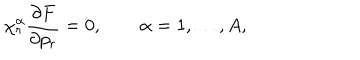
\chi _ { r } ^ { \alpha } \frac { \partial F } { \partial p _ { r } } = 0 , \qquad \alpha = 1 , \ldots , A ,